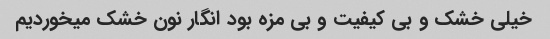
خیلی خشک و بی کیفیت و بی مزه بود انگار نون خشک میخوردیم